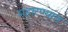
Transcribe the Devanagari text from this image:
महारण्यात